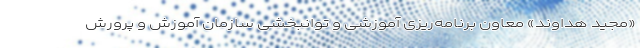
«مجید هداوند» معاون برنامه‌ریزی آموزشی و توانبخشی سازمان آموزش و پرورش